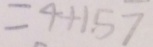
= 4 + 1 . 5 7